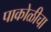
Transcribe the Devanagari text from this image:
पाकोळीचा